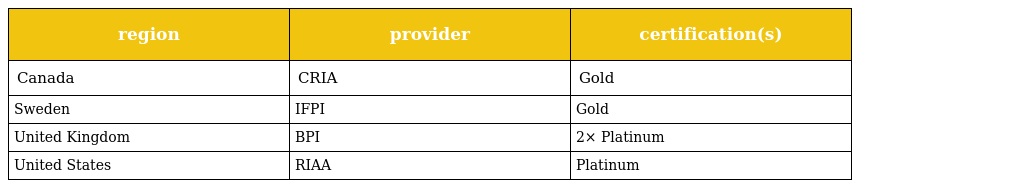
| region | provider | certification(s) |
 | --- | --- | --- |
 | Canada | CRIA | Gold |
 | Sweden | IFPI | Gold |
 | United Kingdom | BPI | 2× Platinum |
 | United States | RIAA | Platinum |